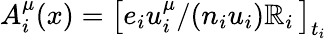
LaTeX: A_{i}^{\mu}(x)=\left[e_{i}u_{i}^{\mu}/(n_{i}u_{i})\mathbb{R}_{i}\, \right]_{t_{i}}